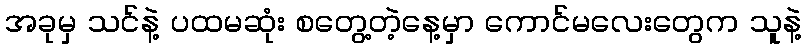
အခုမှ သင်နဲ့ ပထမဆုံး စတွေ့တဲ့နေ့မှာ ကောင်မလေးတွေက သူနဲ့